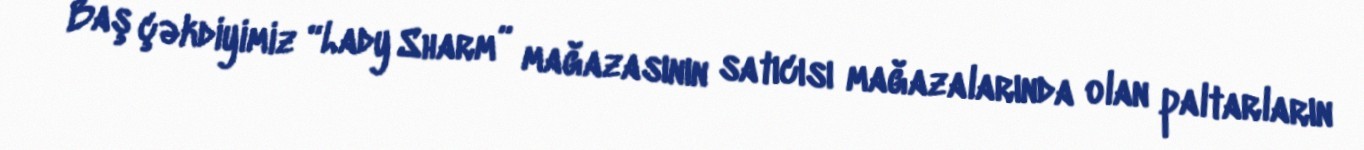
Baş çəkdiyimiz “Lady Sharm” mağazasının satıcısı mağazalarında olan paltarların